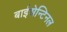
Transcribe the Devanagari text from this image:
बाईसेन्टिनल